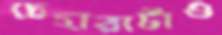
চেহারাটাও